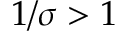
1 / \sigma > 1